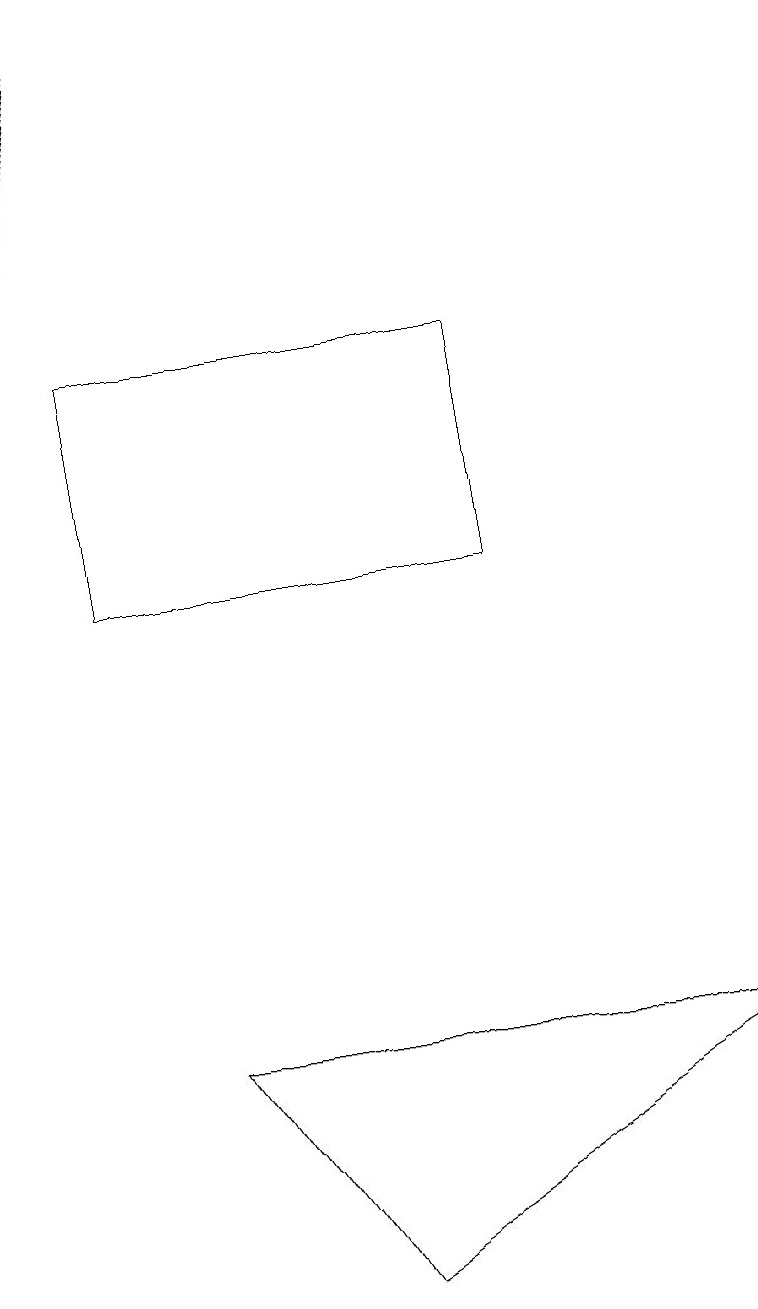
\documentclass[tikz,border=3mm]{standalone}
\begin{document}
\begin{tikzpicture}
\draw (9,5) -- (2,5) -- (4,2) -- cycle;
\draw (6,14) rectangle (1,11);
\draw[->] (1,18) -- (0,13);
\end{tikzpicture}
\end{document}